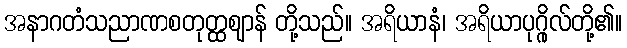
အနာဂတံသညာဏစတုတ္ထဈာန် တို့သည်။ အရိယာနံ၊ အရိယာပုဂ္ဂိုလ်တို့၏။